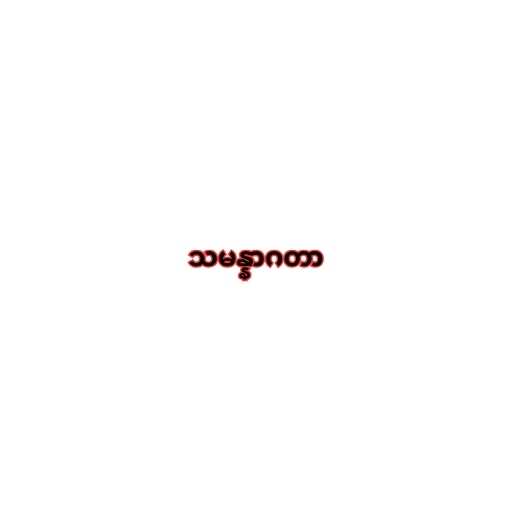
သမန္နာဂတာ